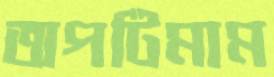
অপটিমাম